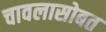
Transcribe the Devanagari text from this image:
चावलासोबत